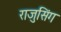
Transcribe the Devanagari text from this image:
राजुसिंग